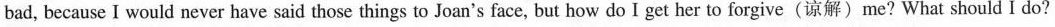
bad, becauseIwould never have said those things to Joan's face, but how do I get her to forgive(谅解)me? What should I do?